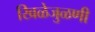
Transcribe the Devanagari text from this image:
खिळेजुळणी